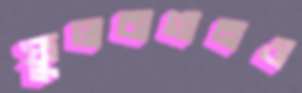
ফুলবাগানও